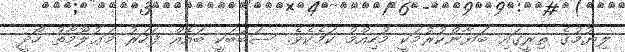
ލިޔުމުގެ ތިރީގައި ބަޔާންކުރުމަކީ މުހިއްމު ކަމެކެވެ. ސަބަބަކީ ބައެއް ފަހަރު މަޢުލޫމާތު ހޯދީ